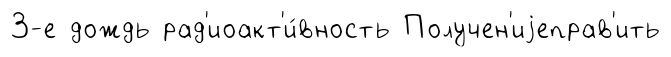
3-е дождь рад'иоакт'и́вность Получен'иjеправ'ить